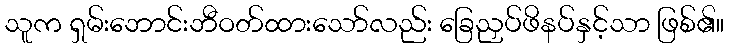
သူက ရှမ်းဘောင်းဘီဝတ်ထားသော်လည်း ခြေညှပ်ဖိနပ်နှင့်သာ ဖြစ်၏။